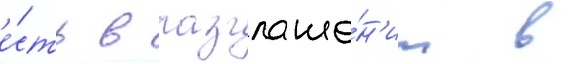
е́сть в разглаше́н'ии в